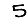
Digit: 5